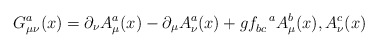
\begin{align*}G_{\mu\nu}^{a}(x) = \partial_{\nu}A_{\mu}^{a}(x) - \partial_{\mu}A_{\nu}^{a}(x) + gf_{bc}^{~~a}A_{\mu}^{b}(x), A_{\nu}^{c}(x)\end{align*}